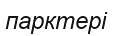
парктері